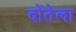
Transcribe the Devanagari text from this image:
दोंतेला